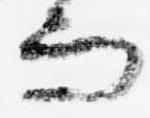
而